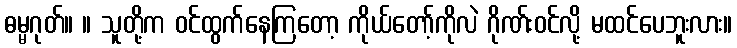
ဓမ္မဂုတ်။ ။ သူတို့က ဝင်ထွက်နေကြတော့ ကိုယ်တော့်ကိုလဲ ဂိုဏ်းဝင်လို့ မထင်ပေဘူးလား။